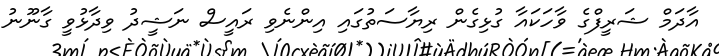
އާދަމް ޝަރީފްގެ ވާހަކައާ ގުޅިގެން ރިޔާސަތުގައި އިންނެވި ރައީސް ނަޝީދު ވިދާޅުވީ ގާނޫނު